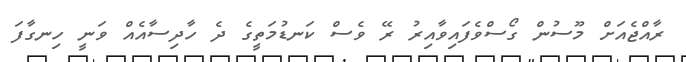
ރާއްޖެއަށް މޫސުން ގޯސްވެފައިވާއިރު ރޭ ވެސް ކަނޑުމަތީގެ ދެ ހާދިސާއެއް ވަނީ ހިނގާފަ